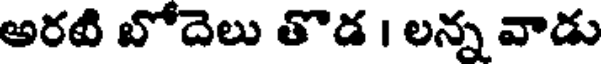
అరటి బోదెలు తొడ । లన్న వాడు